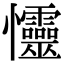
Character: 㦭